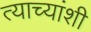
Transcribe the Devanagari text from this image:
त्याच्यांशी